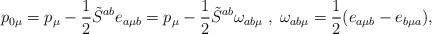
\begin{align*}p_{ 0 \mu} = p_{ \mu} - \frac{1}{2} \tilde{S}^{a b} e_{a \mu b}= p_{ \mu} - \frac{1}{2} \tilde{S}^{a b} \omega_{a b \mu} \;,\;\omega_{a b \mu}=\frac{1}{2} (e_{a \mu b} - e_{b \mu a}),\end{align*}